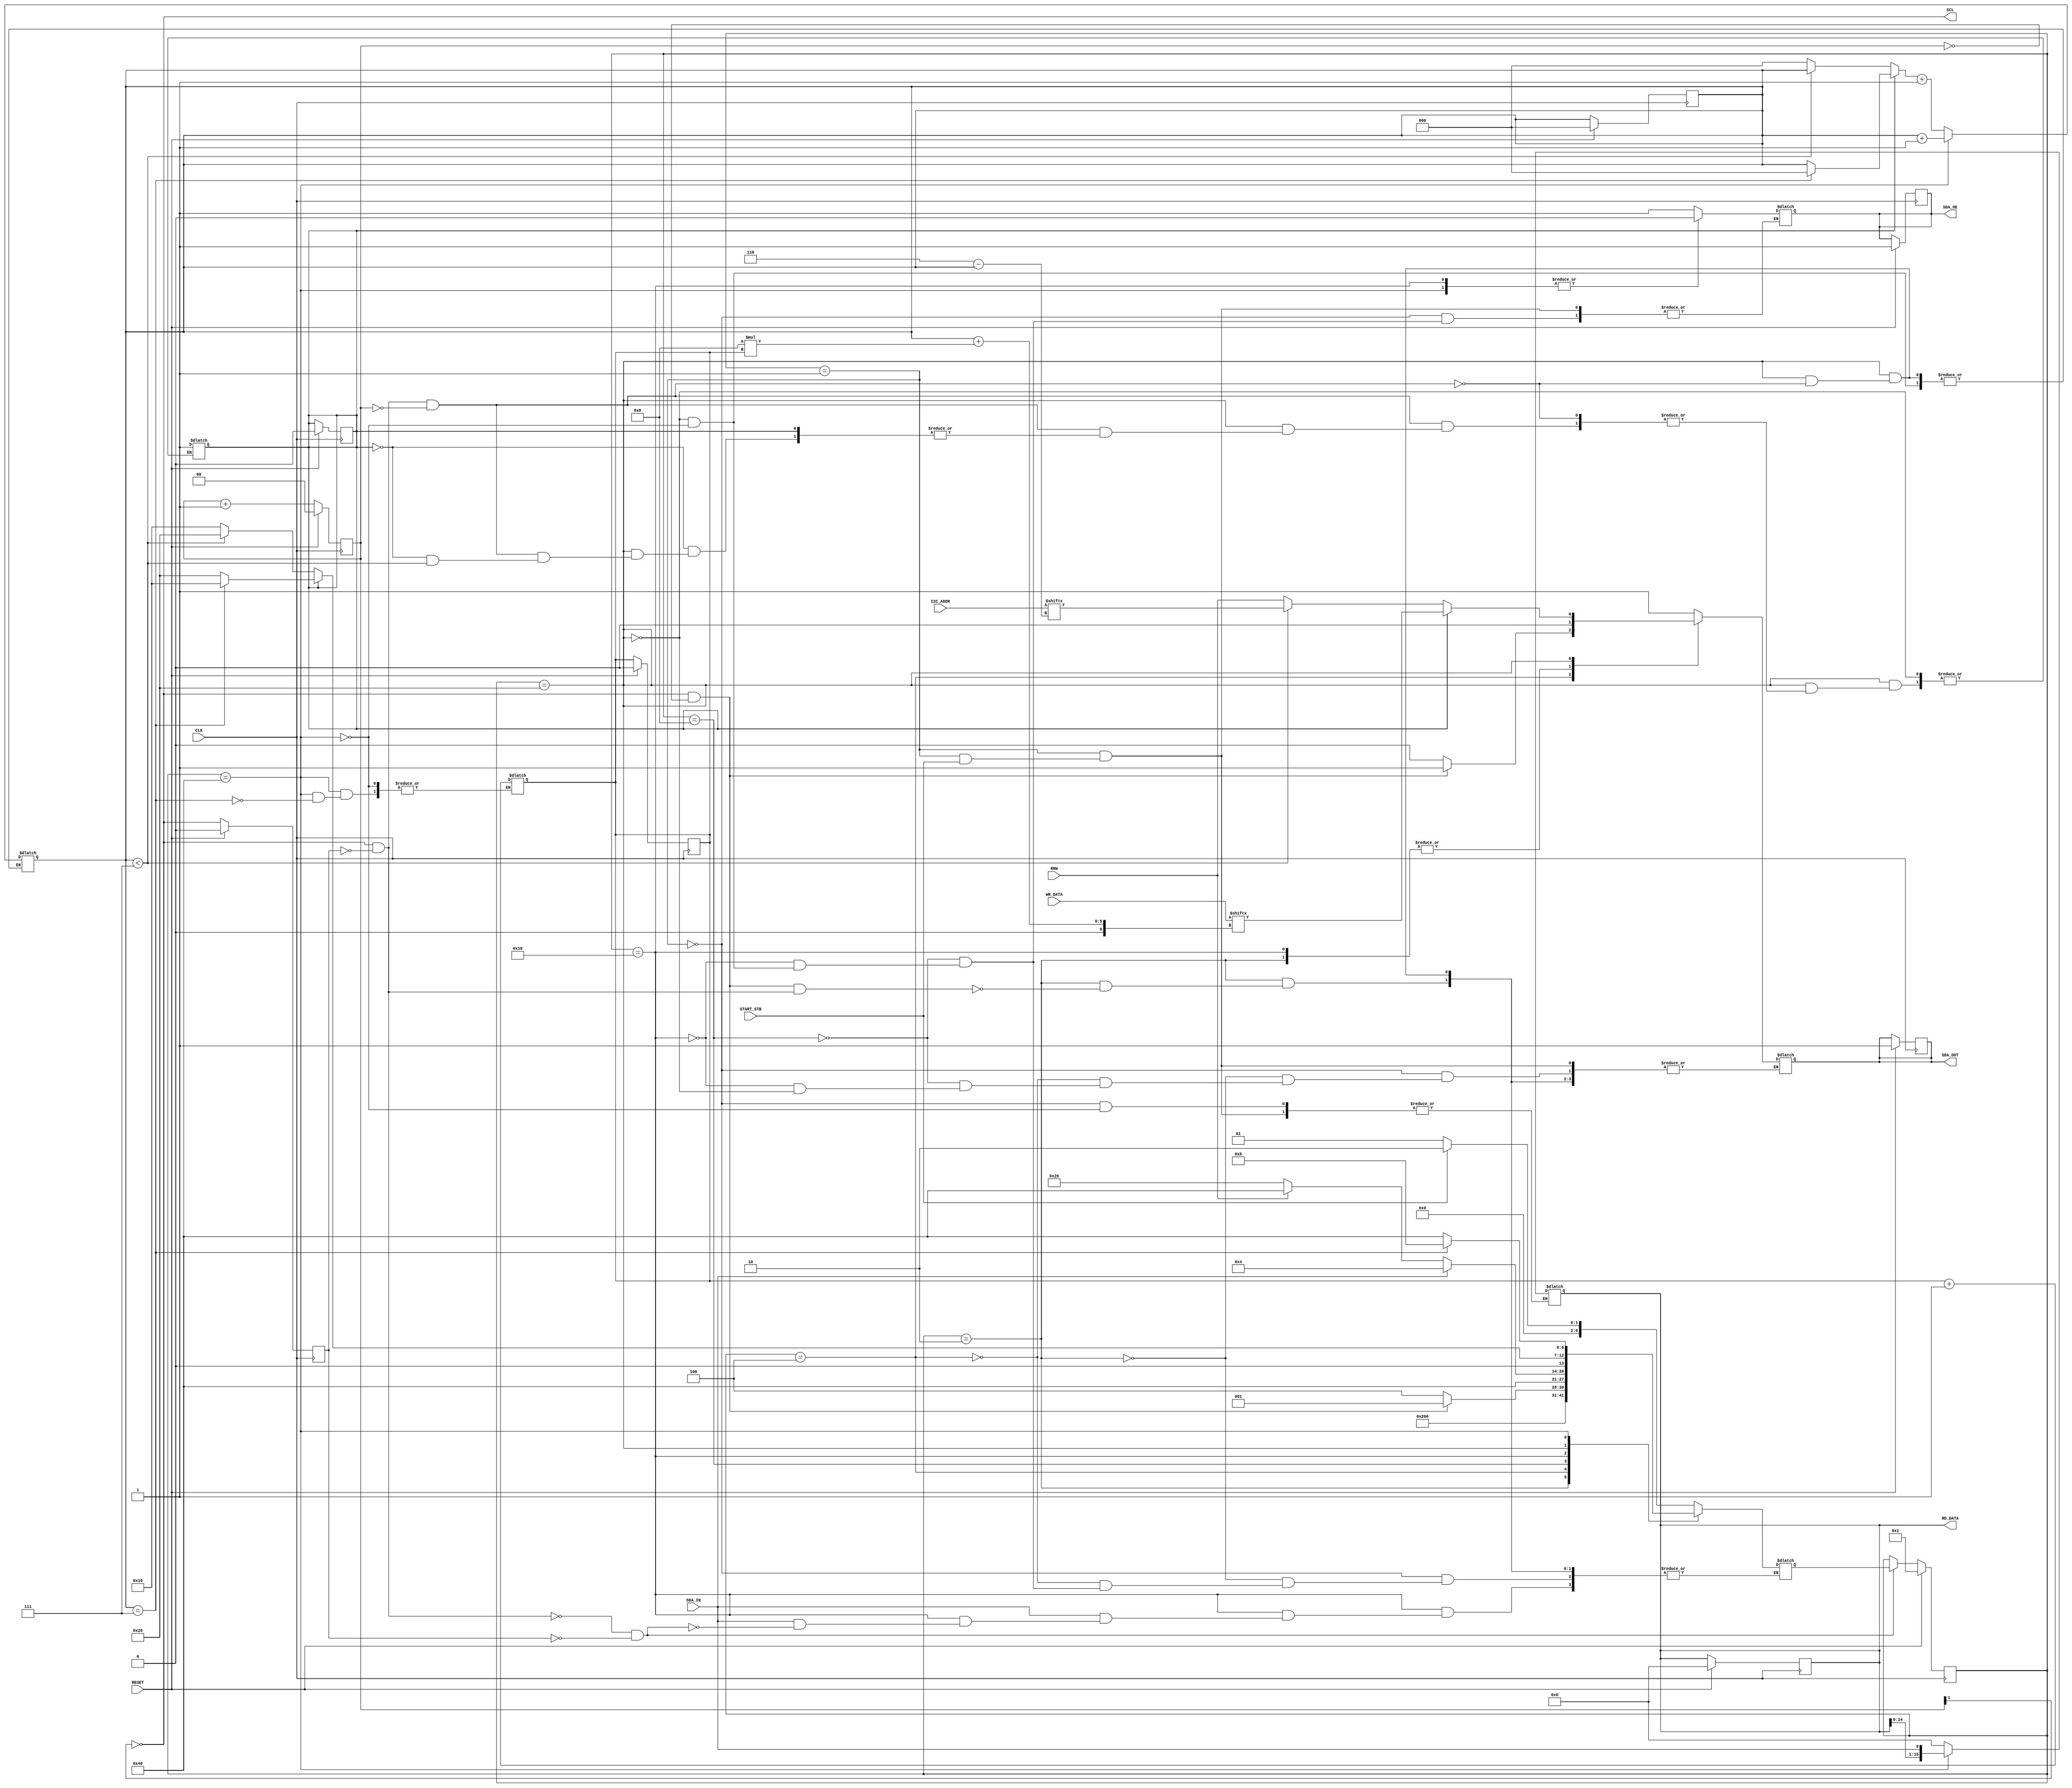
module i2c_transmitter(CLK ,RESET, START_STB, RNW, I2C_ADDR, WR_DATA, SDA_IN, SCL, SDA_OUT, SDA_OE, RD_DATA); 

input wire	CLK, RESET,START_STB,RNW,SDA_IN;
input wire [15:0] WR_DATA;
input wire [6:0] I2C_ADDR;
output SCL, SDA_OUT, SDA_OE;
output reg [15:0] RD_DATA;

// Internal variable declaration
reg [1:0]	SCL_count;	// For generating the 25% frecuency of CLK
reg	 bytes_count, ACK, start_sent, SDA_OUT, SDA_OE,previous_SCL;	// For any SCL signal, this reg will have the previous one
wire SCL, posedge_SCL;	// Is 1 on every posedge of SCL
reg [23:0]	output_data;	// Data string to be sent	// Number of bytes sent, a total of 3
reg [2:0]	counter_bits;	// Number of bits sent of 1 byte, from 0 to 7
reg [15:0]	received_data;	// Data obtained from the slave device
reg [6:0]	ms_state, next_ms_state;	

// States of the fsm are declared next
localparam WAITING_START	=	7'b0000001; // Waits for START_STB to initiate a transaction
localparam STARTING_COMM	=	7'b0000010; // Sends the START signal
localparam ENDING_COMM		=	7'b0000100; // Sends the STOP signal
localparam SENDING_ACK	 	=	7'b0001000; // Answers to the slave with and ACK pulse
localparam WAITING_ACK	 	=	7'b0010000; // Waits for an ACK pulse from the slave
localparam SENDING_BYTE		=	7'b0100000; // Sends a byte serially through SDA_OUT, enables SDA_OE
localparam RECEIVING_BYTE	=	7'b1000000; // Reveives a byte serially through SDA_IN

// This cicle sets up the ms_state machine at boot, gets the I2C clock to
// work at 1/4 of the CLK frecuency and changes the current ms_state of the fsm
always @ (posedge CLK) begin
	if (RESET) begin
		SCL_count	=	0;
		previous_SCL	=	0;
		bytes_count	=	0;
		counter_bits	=	0;
		received_data	=	0;
		ACK	=	0;
		start_sent	=	0;
		SDA_OUT		=	1;	// By default, SDA is high
		SDA_OE		=	1;	// And SDA_OE is also 1 
		RD_DATA		=	0;
		ms_state		=	WAITING_START;
	end else begin

		if (SCL_count[1] & ~SCL_count[0]) begin
			SCL_count	<=	SCL_count + 1;
		end

		SCL_count	<=	SCL_count + 1;

		if (!posedge_SCL && !previous_SCL) begin
			ms_state	=	next_ms_state;
		end

		previous_SCL	<=	SCL;
	end
end

always @ (*) begin

	case (ms_state)

		WAITING_START: begin
			if (START_STB) begin
				next_ms_state = STARTING_COMM;
			end else begin
				SDA_OUT		=	1;	// By default, SDA is high
				SDA_OE		=	1;	// And SDA_OE is also 1 
				RD_DATA		=	0;
				next_ms_state 	=	WAITING_START;
			end
		end

		STARTING_COMM: begin
			if (SCL && ~SCL_count && posedge_SCL) begin
				SDA_OUT		=	1'b0;
				next_ms_state	=	SENDING_BYTE;
			end
		end

		ENDING_COMM: begin
			if (SCL && ~SCL_count) begin
				SDA_OUT		=	1'b1;
				next_ms_state		=	WAITING_START;
			end else begin
				SDA_OUT		=	1'b0;
				next_ms_state		=	ENDING_COMM;
			end

		end

		SENDING_ACK: begin
			SDA_OE		=	1;
			SDA_OUT		=	1;
			next_ms_state	=	RECEIVING_BYTE;
		end

		WAITING_ACK: begin
				SDA_OUT		=	0;
				SDA_OE		=	0;
			
				if (!SDA_IN) begin
					if (RNW) begin
						next_ms_state	=	RECEIVING_BYTE;
					end else begin
						next_ms_state	=	SENDING_BYTE;
					end
				end else if (!posedge_SCL && !previous_SCL) begin
					next_ms_state   =       ENDING_COMM;
				end

		end
		SENDING_BYTE: begin
			SDA_OE	=	1;

			if (posedge_SCL && !SCL_count) begin

			if (!ACK) begin
				if (counter_bits < 7) begin
					SDA_OUT		=	I2C_ADDR[6-counter_bits];	// Sends the slave addess
					next_ms_state	=	SENDING_BYTE;		// If the addr is not yet sent, 
				end else begin
					SDA_OUT		=	RNW;		// Sends the transaction  type
					ACK	=	1;
					counter_bits	=	0;
					next_ms_state	=	WAITING_ACK;	// Once everything for the fisrt btye
				end
			end else begin
				SDA_OUT		=	WR_DATA[counter_bits+8*bytes_count];	// Sends the data
				next_ms_state	=       SENDING_BYTE;
				if (counter_bits == 7) begin	// Once the data is sent, the ms_states goes to WAITIN_ACK
					counter_bits	=	0;
					next_ms_state	=	WAITING_ACK;
				end
			end
			counter_bits	=	counter_bits + 1;// Bits counter keeps going
			end 
		end
		RECEIVING_BYTE: begin
			SDA_OE	=	0;
			RD_DATA		=	{RD_DATA, SDA_IN};	// Sends the data
			next_ms_state      =       RECEIVING_BYTE;
			if (counter_bits == 7) begin	// Once the data is sent, the ms_states goes to WAITIN_ACK
				bytes_count	=	bytes_count + 1;
				next_ms_state	=	SENDING_ACK;
			end
		counter_bits	=	counter_bits + 1;		// Keeps the bit counter going
		end
	endcase
end

// Definition for SCL flipping  and posedge signal for SCL
assign	SCL		=	~SCL_count[1];
assign	posedge_SCL	=	SCL && ~previous_SCL;


endmodule